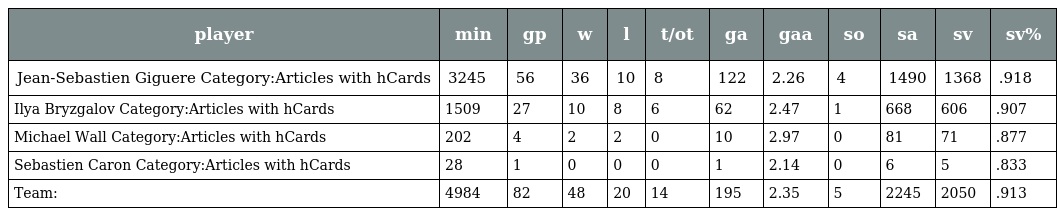
| player | min | gp | w | l | t/ot | ga | gaa | so | sa | sv | sv% |
 | --- | --- | --- | --- | --- | --- | --- | --- | --- | --- | --- | --- |
 | Jean-Sebastien Giguere Category:Articles with hCards | 3245 | 56 | 36 | 10 | 8 | 122 | 2.26 | 4 | 1490 | 1368 | .918 |
 | Ilya Bryzgalov Category:Articles with hCards | 1509 | 27 | 10 | 8 | 6 | 62 | 2.47 | 1 | 668 | 606 | .907 |
 | Michael Wall Category:Articles with hCards | 202 | 4 | 2 | 2 | 0 | 10 | 2.97 | 0 | 81 | 71 | .877 |
 | Sebastien Caron Category:Articles with hCards | 28 | 1 | 0 | 0 | 0 | 1 | 2.14 | 0 | 6 | 5 | .833 |
 | Team: | 4984 | 82 | 48 | 20 | 14 | 195 | 2.35 | 5 | 2245 | 2050 | .913 |